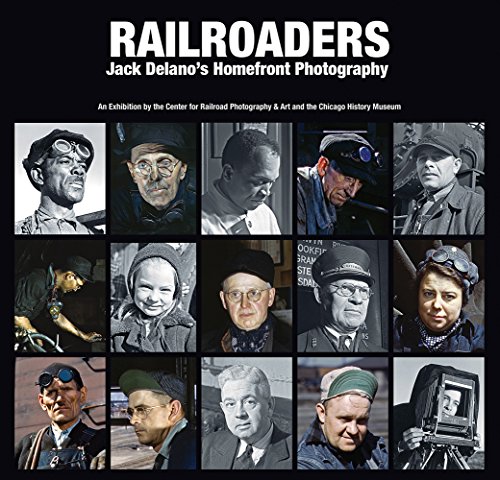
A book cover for Railroaders: Jack DelanoEEs Homefront Photography; Engineering & Transportation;